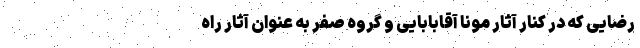
رضایی که در کنار آثار مونا آقابابایی و گروه صفر به عنوان آثار راه